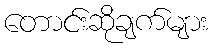
တောင်းဆိုချက်များ